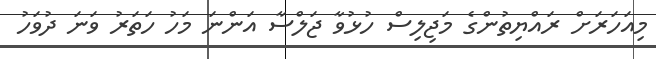
މިއަހަރަށް ރައްޔިތުންގެ މަޖިލިސް ހުޅުވާ ޖަލްސާ އަންނަ މަހު ހަތަރު ވަނަ ދުވަހު